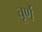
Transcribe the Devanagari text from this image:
चूर्णे